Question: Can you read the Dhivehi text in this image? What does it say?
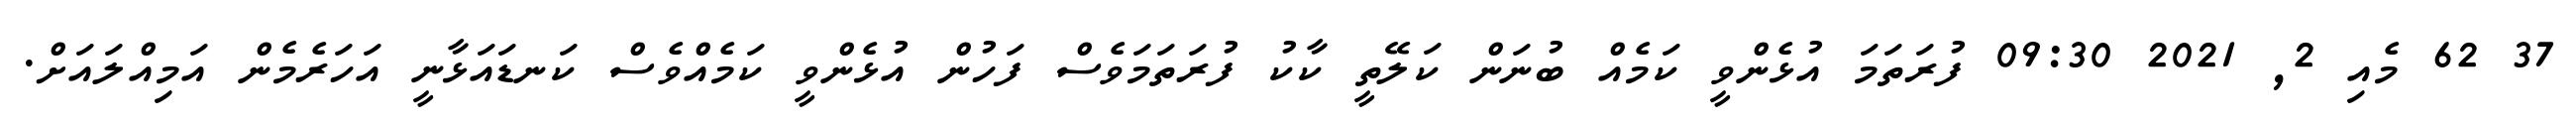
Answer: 37 62 މެއި 2, 2021 09:30 ފުރަތަމަ އުޅެންވީ ކަމެއް ބުނަން ކަލޭތީ ކާކު ފުރަތަމަވެސް ފަހުން އުޅެންވީ ކަމެއްވެސް ކަނޑައަޅާނީ އަހަރެމެން އަމިއްލައަށް.